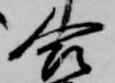
合